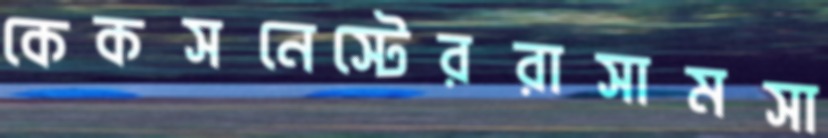
কেকসনেস্টেররাসামসা